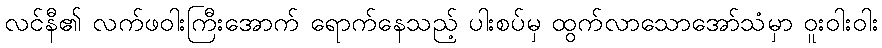
လင်နီ၏ လက်ဖဝါးကြီးအောက် ရောက်နေသည့် ပါးစပ်မှ ထွက်လာသောအော်သံမှာ ဝူးဝါးဝါး